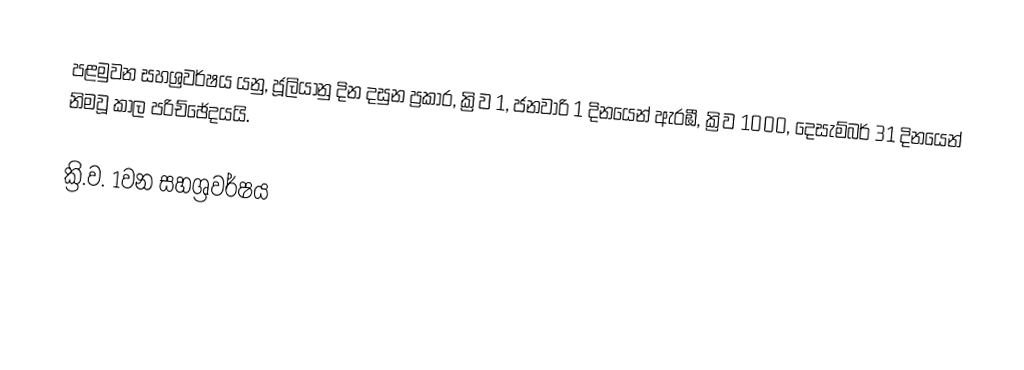
පළමුවන සහශ්‍රවර්ෂය යනු,  ජූලියානු දින දසුන ප්‍රකාර, ක්‍රිව 1, ජනවාරි 1 දිනයෙන් ඇරඹී, ක්‍රිව 1000, දෙසැම්බර් 31 දිනයෙන් නිමවූ කාල පරිච්ඡේදයයි.

ක්‍රි.ව. 1වන සහශ්‍රවර්ෂය